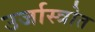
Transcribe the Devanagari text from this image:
उर्जास्त्रोत